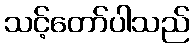
သင့်တော်ပါသည်